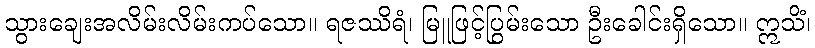
သွားချေးအလိမ်းလိမ်းကပ်သော။ ရဇဿိရံ၊ မြူဖြင့်ပြွမ်းသော ဦးခေါင်းရှိသော။ ဣသိံ၊